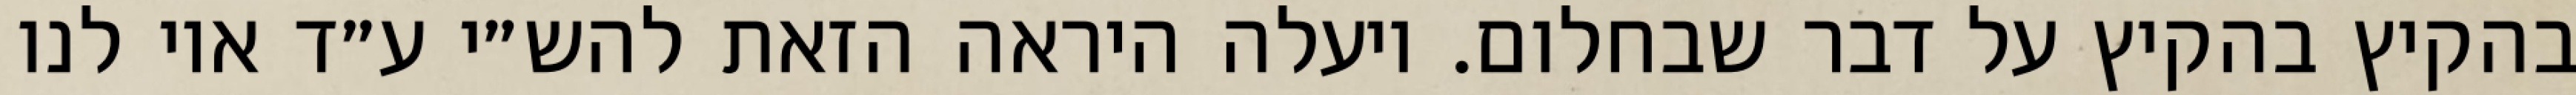
בהקיץ בהקיץ על דבר שבחלום. ויעלה היראה הזאת להש״י ע״ד אוי לנו